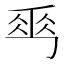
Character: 𠃀